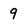
Character: 9